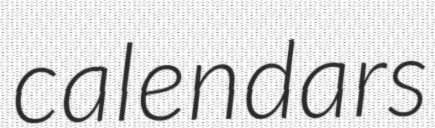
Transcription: calendars